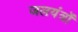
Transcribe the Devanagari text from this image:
जलयंत्रों